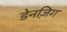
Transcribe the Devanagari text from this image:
डेनज़िग